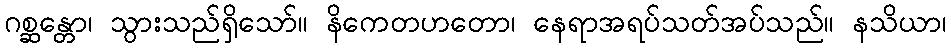
ဂစ္ဆန္တော၊ သွားသည်ရှိသော်။ နိကေတဟတော၊ နေရာအရပ်သတ်အပ်သည်။ နသိယာ၊